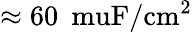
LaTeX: \approx 60\: \mathrm{\ muF/cm^{2}}